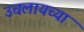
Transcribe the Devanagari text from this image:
उचलायच्या